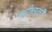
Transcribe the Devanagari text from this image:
कंट्रीब्यूटरी